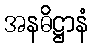
အနဓိဋ္ဌာနံ